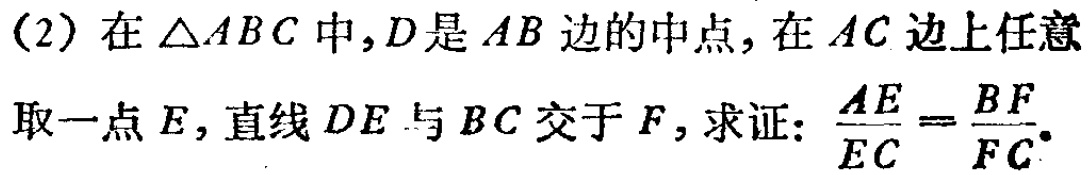
(2) 在 \(\triangle ABC\) 中，\(D\) 是 \(AB\) 边的中点，在 \(AC\) 边上任意取一点 \(E\)，直线 \(DE\) 与 \(BC\) 交于 \(F\)，求证：\(\frac{AE}{EC}=\frac{BF}{FC}\)。